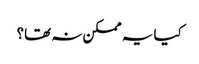
کیا یہ ممکن نہ تھا؟